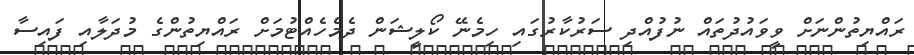
ރައްޔިތުންނަށް ވީވައުދުތައް ނުފުއްދި ސަރުކާރުގައި ހިމެނޭ ކޯލީޝަން ދެމެހެއްޓުމަށް ރައްޔިތުންގެ މުދަލާއި ފައިސާ